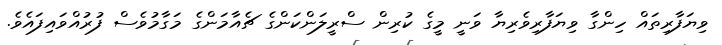
ވިޔަފާރިތައް ހިންގާ ވިޔަފާރިވެރިޔާ ވަނީ މީގެ ކުރިން ސްރީލަންކަންގެ ޗެއާމަންގެ މަގާމުވެސް ފުރުއްވައިފައެވެ.